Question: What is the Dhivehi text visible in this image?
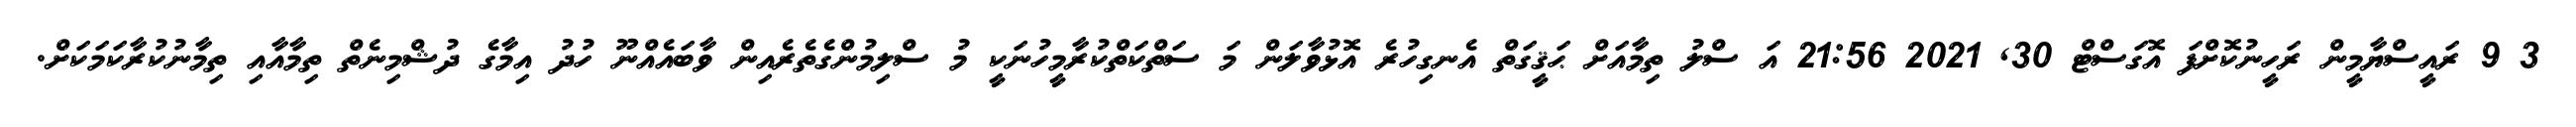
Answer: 3 9 ރައީސްޔާމީން ރަހީނުކޮށްފަ އޮގަސްޓް 30, 2021 21:56 އަ ސްލު ތިމާއަށް ޙަޤީގަތް އެނގިހުރެ އޮޅުވާލަން މަ ސަތްކަތްކުރާމީހުނަކީ މު ސްލިމުންގެތެރެއިން ވާބައެއްނޫ ހުދު އިމާގެ ދުޝްމިނެތް ތިމާއާއި ތިމާނުކުރާކަމަކަށް.